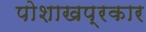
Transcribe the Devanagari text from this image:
पोशाखप्रकार